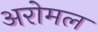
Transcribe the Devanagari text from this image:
अरोमल